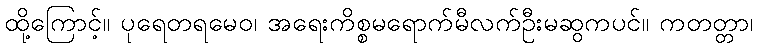
ထို့ကြောင့်။ ပုရေတရမေဝ၊ အရေးကိစ္စမရောက်မီလက်ဦးမဆွကပင်။ ကတတ္တာ၊